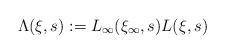
LaTeX: \begin{gather*} \Lambda(\xi, s) := L_\infty(\xi_\infty, s)L(\xi, s)\end{gather*}